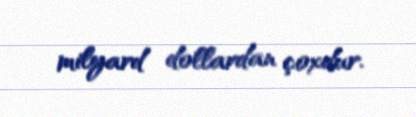
milyard dollardan çoxdur.